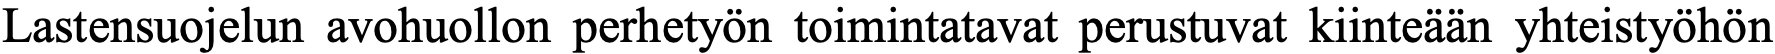
Lastensuojelun avohuollon perhetyön toimintatavat perustuvat kiinteään yhteistyöhön